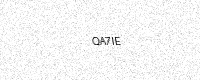
Text: QA7IE